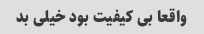
واقعا بی کیفیت بود خیلی بد